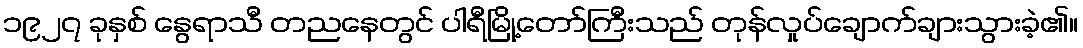
၁၉၂၇ ခုနှစ် နွေရာသီ တညနေတွင် ပါရီမြို့တော်ကြီးသည် တုန်လှုပ်ချောက်ချားသွားခဲ့၏။